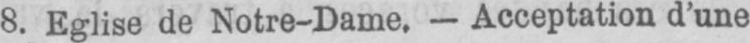
8. Eglise de Notre-Dame. - Acceptation d’une